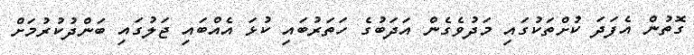
ގޮތުން އެފަދަ ކުށްތަކުގައި މަދުވެގެން އަދަބުގެ ހަތަރުބައި ކުޅަ އެއްބައި ޖަލުގައި ބަންދުކުރުމަށް